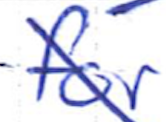
Text: for
Cross-out: diagonal
Writing tool: ballpoint